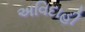
અવિદાહી